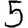
Digit: 5